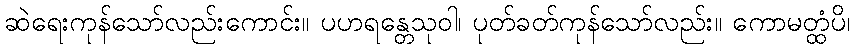
ဆဲရေးကုန်သော်လည်းကောင်း။ ပဟရန္တေသုဝါ၊ ပုတ်ခတ်ကုန်သော်လည်း။ ကောမတ္ထံပိ၊